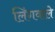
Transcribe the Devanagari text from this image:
लिंगवाले